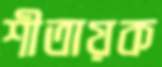
শীতায়ক